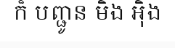
ក៏ បញ្ជូន មិង អ៊ិង